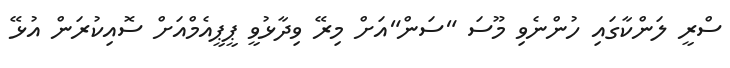
ސްރީ ލަންކާގައި ހުންނެވި މޫސަ "ސަން"އަށް މިރޭ ވިދާޅުވީ ޕީޕީއެމްއަށް ސޮއިކުރަން އުޅޭ